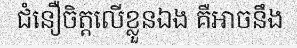
ជំនឿចិត្តលើខ្លួនឯង គឺអាចនឹង